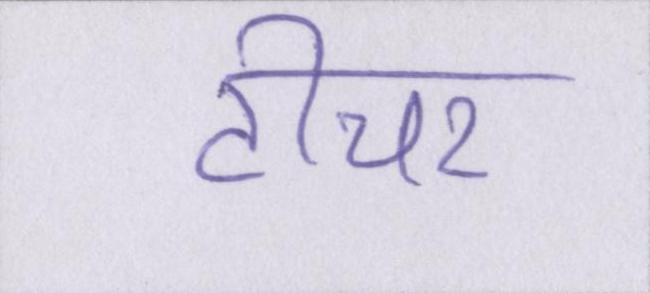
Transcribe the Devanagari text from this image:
टीचर